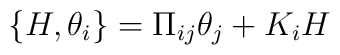
\{H,\theta_{i}\}=\Pi_{ij}\theta_{j}+K_{i}H